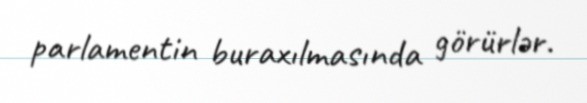
parlamentin buraxılmasında görürlər.